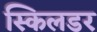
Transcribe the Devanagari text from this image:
स्किलडर